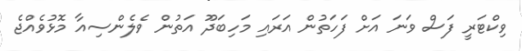
ވިކްޓަރީ ފަސް ވަނަ އަށް ފަހަތުން އަރައި މަހިބަދޫ އަތުން ވެލެންސިއާ މޮޅުވެއްޖެ